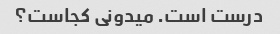
درست است. میدونی کجاست؟